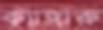
ক্যাঙ্গারু